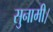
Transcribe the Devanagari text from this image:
सुनामी।